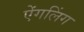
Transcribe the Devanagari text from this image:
ऐंगलिंग